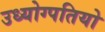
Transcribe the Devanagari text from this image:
उध्योग्पतियो